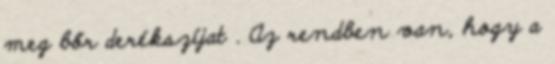
meg bőr derékszíjat . Az rendben van, hogy a